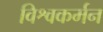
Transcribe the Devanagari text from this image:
विश्वकर्मन